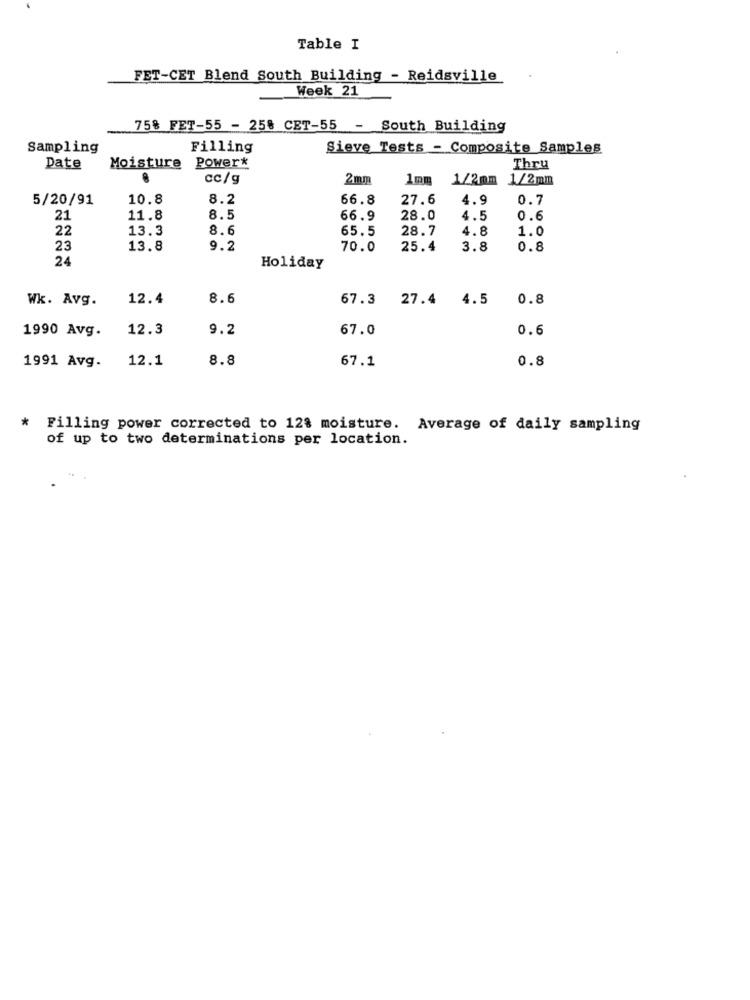
Table I
FET-CET Blend South Building - Reidsville
Week 21
75% FET-55 - 258 CET-55 - South Building
Sampling
Filling
Sieve Tests - Composite Samples
Power*
Date
Moisture
Thru
cc/g
2mm
1mm
1/2mm 1/2mm
5/20/91
10.8
8.2
66.8
27.6
4.9
0.7
21
11.8
8.5
66.9
28.0
4.5
0.6
22
13.3
8.6
65.5
28.7
4.8
1.0
23
13.8
9.2
70.0
25.4
3.8
0.8
24
Holiday
Wk. Avg.
12.4
8.6
67.3 27.4 4.5
0.8
1990 Avg.
12.3
9.2
67.0
0.6
12.1
8.8
67.1
0.8
1991 Avg.
* Filling power corrected to 128 moisture. Average of daily sampling
of up to two determinations per location.